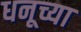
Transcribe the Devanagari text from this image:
धनूच्या